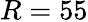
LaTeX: R=55